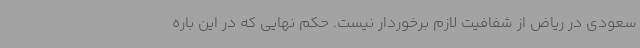
سعودی در ریاض از شفافیت لازم برخوردار نیست. حکم نهایی که در این باره